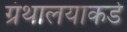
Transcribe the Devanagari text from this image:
ग्रंथालयाकडे